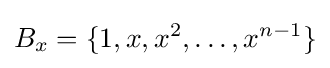
B_{x}=\{1,x,x^{2},\ldots ,x^{n-1}\}